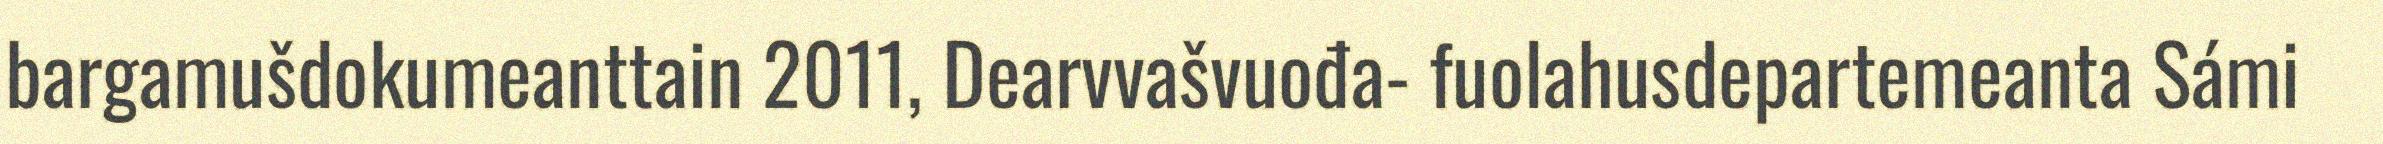
bargamušdokumeanttain 2011, Dearvvašvuođa- fuolahusdepartemeanta Sámi